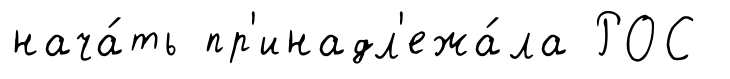
нача́ть пр'инадл'ежа́ла РОС